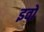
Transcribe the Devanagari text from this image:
इवों